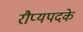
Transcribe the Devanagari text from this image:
रौप्यपदके